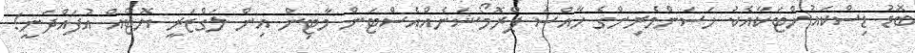
ބޮޑު ޑިސްކައުންޓަކާއެކު ހަސަންމެރިންގެ ހާއްސަ ޕްރޮމޯޝަނެއްއެސްޓަން މާޓިން އިން ލަގްޒަރީ ޔޮޓެއް އުފައްދަނީ!